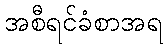
အစီရင်ခံစာအရ